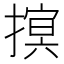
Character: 𢳡